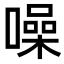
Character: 噪